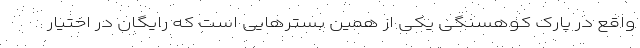
واقع در پارک کوهسنگی یکی از همین بسترهایی است که رایگان در اختیار